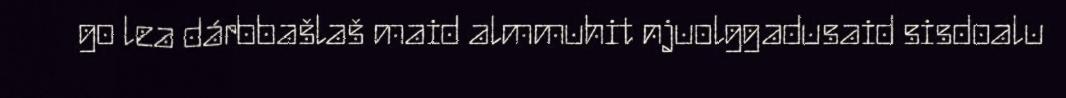
go lea dárbbašlaš maid almmuhit njuolggadusaid sisdoalu